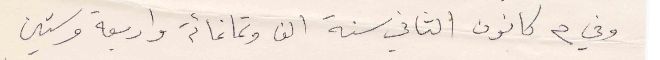
وفي ٣ كانون الثاني سنة الف وتمانمائة واربعة وستين